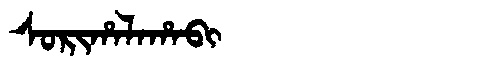
Manchu: ᠰᠣᡵᡳᡥᠠᠯᠠᡥᠠᠪᡳ
Romanization: SORIHALAHABI